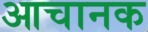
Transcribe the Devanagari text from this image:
आचानक